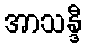
အာသန္ဒီ